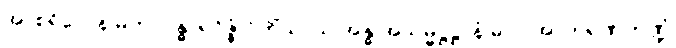
အာစရိယေန မဟာဂန္ဓာရဝိဇ္ဇံ ဝိဟိံသာယ အန္ဓ အသမ္မဋ္ဌဋ္ဌာနံ ဓာဝ အာဘရဏဘဏ္ဍံ